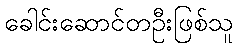
ခေါင်းဆောင်တဦးဖြစ်သူ